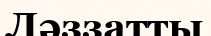
Ләззатты